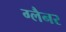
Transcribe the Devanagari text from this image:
ग्लैनर